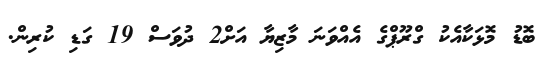
ބޮޑު މޮޅަކާއެކު ގްރޫޕްގެ އެއްވަނަ މާޒިޔާ އަށް2 ދުވަސް 19 ގަޑި ކުރިން.